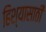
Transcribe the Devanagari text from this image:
हिश्यासाठी